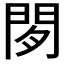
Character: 𬮈